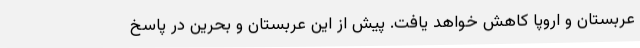
عربستان و اروپا کاهش خواهد یافت. پیش از این عربستان و بحرین در پاسخ